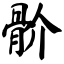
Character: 骱